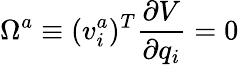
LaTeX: \Omega^{a}\equiv(v_{i}^{a})^{T}{\frac{\partial V}{\partial q_{i}}}=0